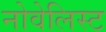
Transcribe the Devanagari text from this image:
नोवेलिस्ट